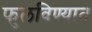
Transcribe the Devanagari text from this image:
फुलविण्यात